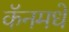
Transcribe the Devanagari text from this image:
कॅनमधे